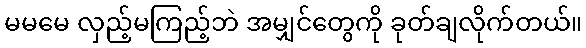
မမမေ လှည့်မကြည့်ဘဲ အမျှင်တွေကို ခုတ်ချလိုက်တယ်။